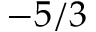
- 5 / 3